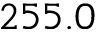
2 5 5 . 0